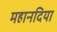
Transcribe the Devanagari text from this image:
महानदिया